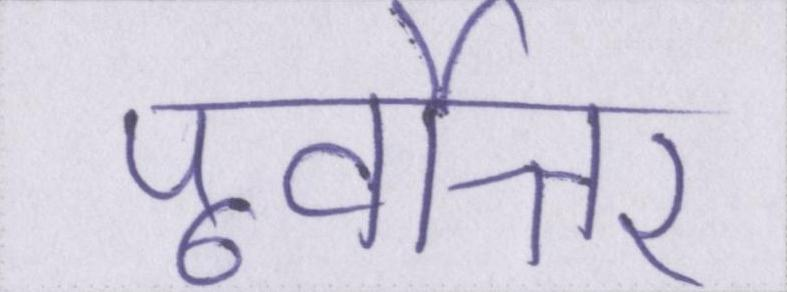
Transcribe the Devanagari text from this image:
पूर्वोत्तर